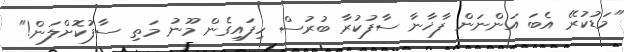
"މަޑުކުރޭ އެބަ އަންނަން ފާޚާނާ ސާފުކުރާ ބުރުސް ހިފައިގެން މޫނު މަތި ސާފުކޮށްލަން!"